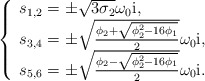
\begin{align*}\left \{\begin{array}[c]{l}s_{1,2}=\pm \sqrt{3\sigma_{2}}\omega_{0}\mathrm{i},\\s_{3,4}=\pm \sqrt{\frac{\phi_{2}+\sqrt{\phi_{2}^{2}-16\phi_{1}}}{2}}\omega_{0}\mathrm{i},\\s_{5,6}=\pm \sqrt{\frac{\phi_{2}-\sqrt{\phi_{2}^{2}-16\phi_{1}}}{2}}\omega_{0}\mathrm{i}.\end{array}\right. \end{align*}